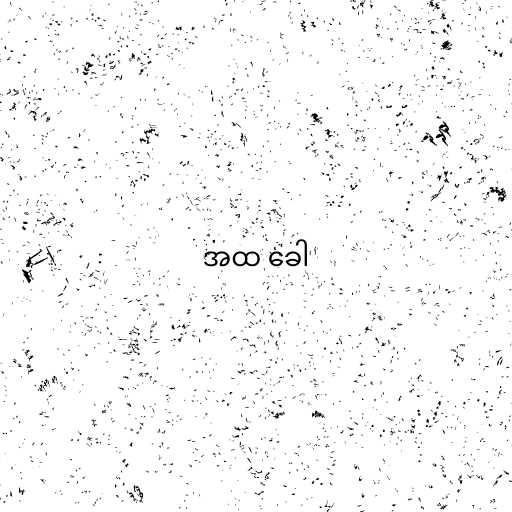
အထ ခေါ